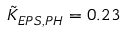
\tilde { K } _ { E P S , P H } = 0 . 2 3